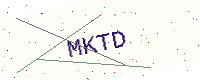
Text: MKTD